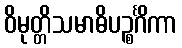
ဝိမုတ္တိသမာဓိပဉ္စင်္ဂိကာ